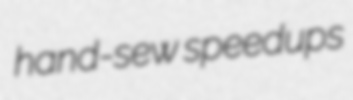
hand-sew speedups